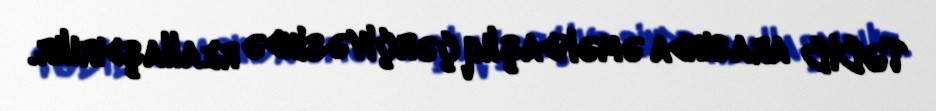
TƏBİB arasında əməkdaşlıq çərçivəsində reallaşdırılır.